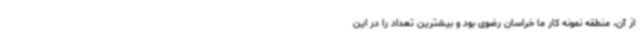
از آن، منطقه نمونه کار ما خراسان رضوی بود و بیشترین تعداد را در این